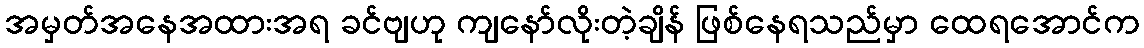
အမှတ်အနေအထားအရ ခင်ဗျဟု ကျနော်လိုးတဲ့ချိန် ဖြစ်နေရသည်မှာ ထေရအောင်က